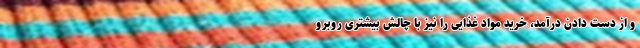
و از دست دادن درآمد، خرید مواد غذایی را نیز با چالش بیشتری روبرو